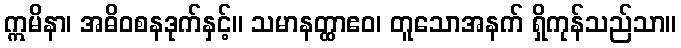
ဣမိနာ၊ အဓိဝစနဒုက်နှင့်။ သမာနတ္ထာဧဝ၊ တူသောအနက် ရှိကုန်သည်သာ။